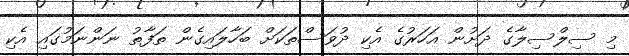
މި ސިލްސިލާގެ ދަށުން އަހަރުގެ އެކި ދުވަސްތަކަށް ބަހާލައިގެން ތަފާތު ނަންނަމުގައި އެކި